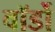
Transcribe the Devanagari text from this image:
वॉर्डो